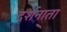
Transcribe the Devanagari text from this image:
दर्शनाता